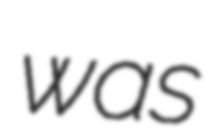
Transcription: was